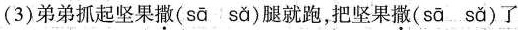
(3)弟弟抓起坚果撒( sā sǎ )腿就跑，把坚果撒( sāsǎ)了